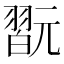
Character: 翫